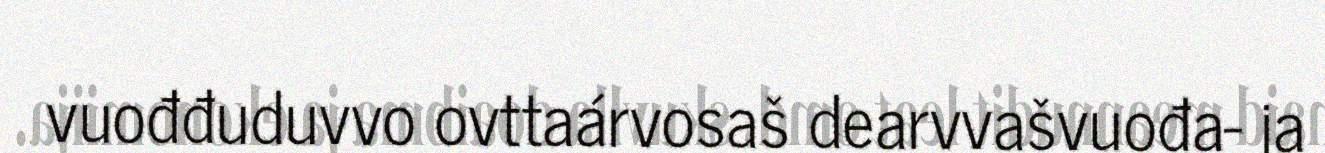
vuođđuduvvo ovttaárvosaš dearvvašvuođa- ja